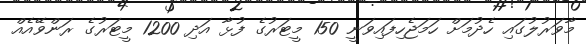
މާވަރުލުގައި ހެދުމަށް ހަމަޖެހިފައިވަނީ 150 މީޓަރުގެ ފުޅާ އަދި 1200 މީޓަރުގެ ރަންވޭއެއް